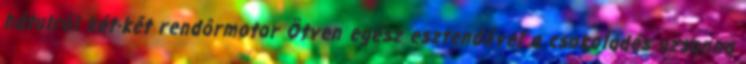
hátulról két-két rendôrmotor Ötven egész esztendővel a csokoládés uzsonna